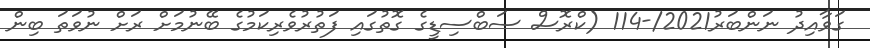
ގަވާއިދު ނަންބަރު2021/-114 (ކްރޮސް ސަބްސިޑީގެ ގޮތުގައި ފަތުރުވެރިކަމުގެ ބޭނުމަށް ރަށް ނުވަތަ ބިން